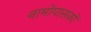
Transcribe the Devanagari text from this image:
नामोपासकों